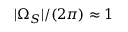
| \Omega _ { S } | / ( 2 \pi ) \approx 1